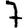
Digit: 7